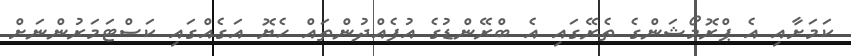
ކަމަށާއި އެ ޕްރޮމޯޝަންގެ ތެރޭގައި އެ ބްރޭންޑުގެ އުފެއްދުންތައް ހެޔޮ އަގެއްގައި ކަސްޓަމަރުންނަށް